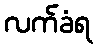
လက်ခံရ